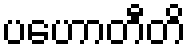
ပဟောတီတိ